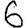
Digit: 6